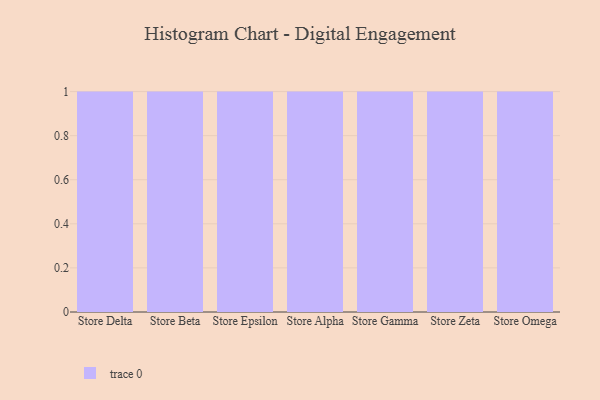
{"axis": {"x": "Store", "y": "Humidity (%)"}, "legend": [""], "data": [{"x": "Store Delta", "y": 41, "type": ""}, {"x": "Store Beta", "y": 51, "type": ""}, {"x": "Store Epsilon", "y": 41, "type": ""}, {"x": "Store Alpha", "y": 100, "type": ""}, {"x": "Store Gamma", "y": 55, "type": ""}, {"x": "Store Zeta", "y": 49, "type": ""}, {"x": "Store Omega", "y": 37, "type": ""}]}